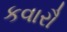
કવારૌ